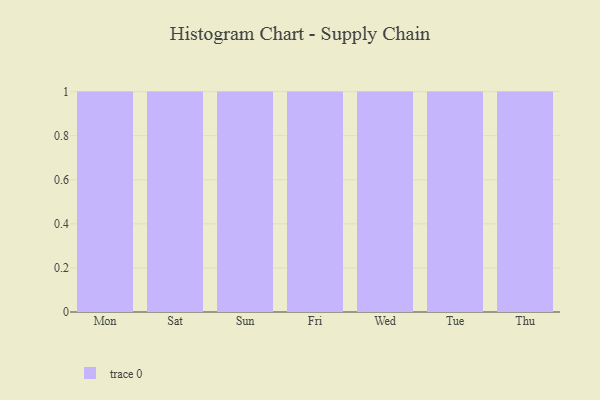
{"axis": {"x": "Day", "y": "Active Users"}, "legend": [""], "data": [{"x": "Mon", "y": 24, "type": ""}, {"x": "Sat", "y": 30, "type": ""}, {"x": "Sun", "y": 53, "type": ""}, {"x": "Fri", "y": 15, "type": ""}, {"x": "Wed", "y": 78, "type": ""}, {"x": "Tue", "y": 57, "type": ""}, {"x": "Thu", "y": 37, "type": ""}]}